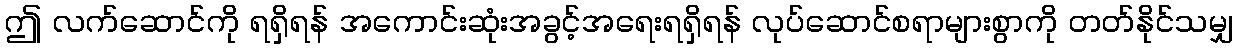
ဤ လက်ဆောင်ကို ရရှိရန် အကောင်းဆုံးအခွင့်အရေးရရှိရန် လုပ်ဆောင်စရာများစွာကို တတ်နိုင်သမျှ